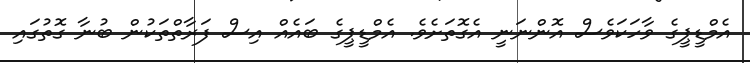
އެމްޑީޕީގެ ވާހަކަވެސް އޮންނަނީ އެގޮތަށެވެ. އެމްޑީޕީގެ ބައެއް އިސް ފަރާތްތަކުން ބުނާ ގޮތުގައި